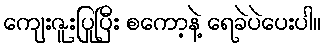
ကျေးဇူးပြုပြီး စကော့နဲ့ ရေခဲပဲပေးပါ။